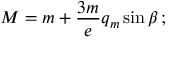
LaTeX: M = m + \frac { 3 m } { e } q _ { m } \sin \beta \, ;